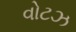
વોટઝ